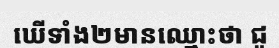
ឃើទាំង២មានឈ្មោះថា ជូ